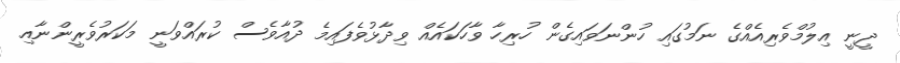
ދީނީ އިލުމްވެރިއެއްގެ ނަމުގައި ހުންނަވައިގެން ހުރިހާ ވާހަކައެއް ވިދާޅުވެފައިމެ ދުއާވެސް ކުރައްވަނީ މަކަރުވެރީންނާއި